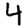
Digit: 4